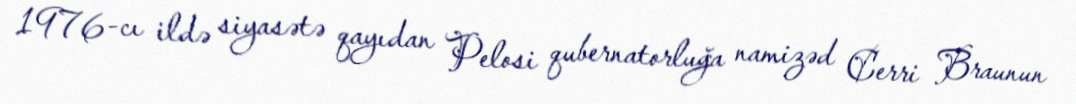
1976-cı ildə siyasətə qayıdan Pelosi qubernatorluğa namizəd Cerri Braunun